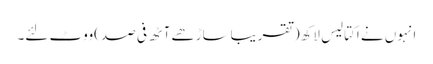
انہوں نے اکتالیس لاکھ(تقریباساڑھے آٹھ فی صد)ووٹ لئے۔